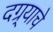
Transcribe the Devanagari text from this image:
दग्र्याचे